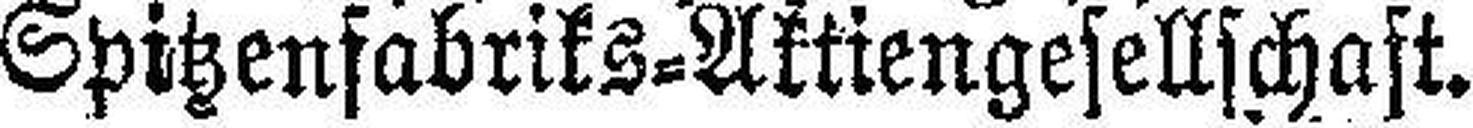
Spitzenfabriks=Aktiengesellschaft.